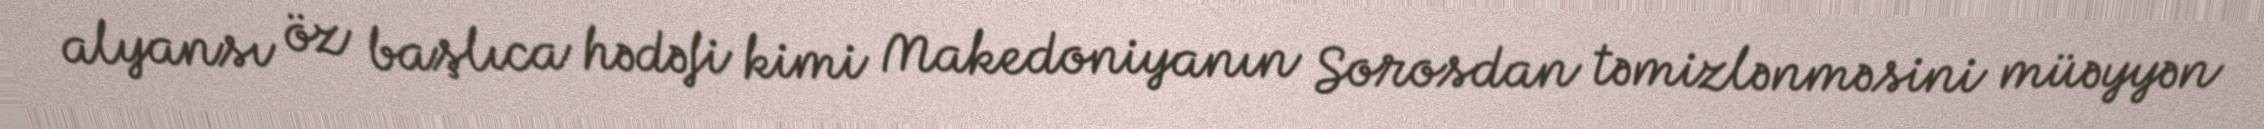
alyansı öz başlıca hədəfi kimi Makedoniyanın Sorosdan təmizlənməsini müəyyən